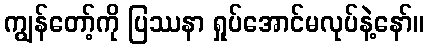
ကျွန်တော့်ကို ပြဿနာ ရှုပ်အောင်မလုပ်နဲ့နော်။